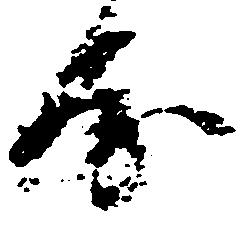
房